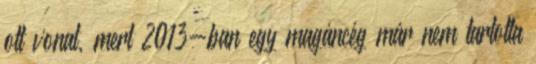
ott vonat, mert 2013-ban egy magáncég már nem tartotta